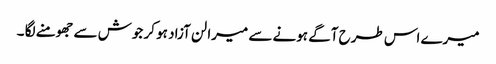
میرے اس طرح آگے ہونے سے میرا لن آزاد ہو کر جوش سے جھومنے لگا ۔